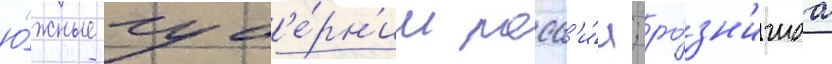
ю́жные губ'е́рн'ии росс'и́и; ро́зн'ичнаа